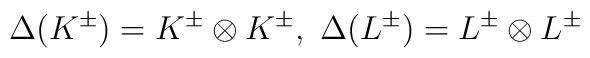
\Delta(K^{\pm})=K^{\pm}\otimes K^{\pm},\ \Delta(L^{\pm})=L^{\pm}\otimes L^{\pm}